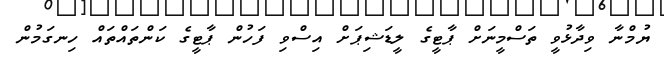
ޔުމްނާ ވިދާޅުވީ ތަސްމީނަށް ޕާޓީގެ ލީޑަޝިޕަށް އިސްވި ފަހުން ޕާޓީގެ ކަންތައްތައް ހިނގަމުން